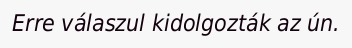
Erre válaszul kidolgozták az ún.